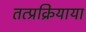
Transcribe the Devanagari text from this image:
तत्प्रक्रियाया